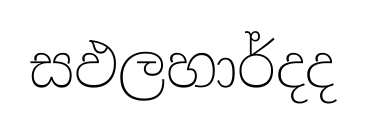
සඵලහාර්දද